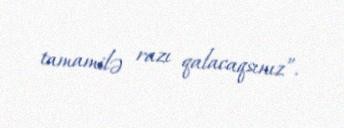
tamamilə razı qalacaqsınız”.